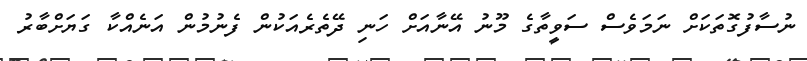
ނުސާފުގޮތަކަށް ނަމަވެސް ސަވީތާގެ މޫނު އޭނާއަށް ހަނި ދޭތެރެއަކުން ފެނުމުން އަނެއްކާ ގަޔަށްބާރު